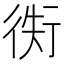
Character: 𢔖